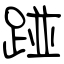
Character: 踫